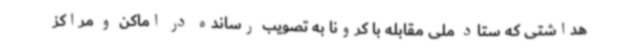
هداشتی که ستاد ملی مقابله با کرونا به تصویب رسانده در اماکن و مراکز